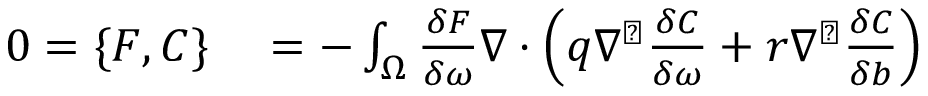
\begin{array} { r l } { 0 = \{ F , C \} } & { { } = - \int _ { \Omega } \frac { \delta F } { \delta \omega } \nabla \cdot \left( q \nabla ^ { \perp } \frac { \delta C } { \delta \omega } + r \nabla ^ { \perp } \frac { \delta C } { \delta b } \right) } \end{array}